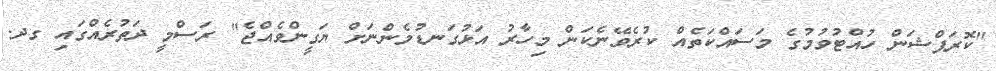
"ކޮރަޕްޝަން ހުއްޓުވުމުގެ މަސައްކަތެއް ކުރެވޭނެކަން މިހާރު އަޅުގަނޑުމެންނަށް ޔަގީންވެއްޖެ" ރަސްމީ ދަތުރެއްގައި ގދ.